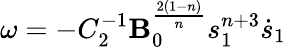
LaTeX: \omega=-C_{2}^{-1}\mathbf{B}_{0}^{\frac{{2(1-n)}}{{n}}}s_{1}^{n+3}\dot{{s}}_{1}